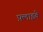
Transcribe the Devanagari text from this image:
फ़्लाइबे